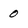
Character: 0